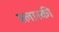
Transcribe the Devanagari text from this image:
स्लास्की